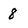
Character: 8